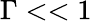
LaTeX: \Gamma<<1